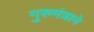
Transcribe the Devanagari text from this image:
गुरुमंत्राने